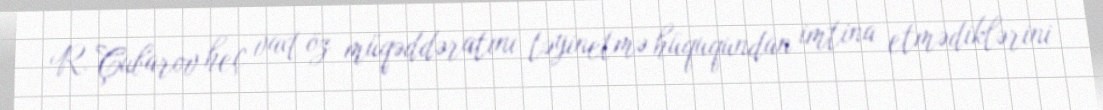
R. Çubarov heç vaxt öz müqəddəratını təyinetmə hüququndan imtina etmədiklərini